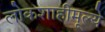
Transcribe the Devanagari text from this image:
लोकशाहीमूल्ये